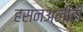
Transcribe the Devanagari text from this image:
हसनअलीही